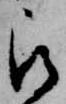
被